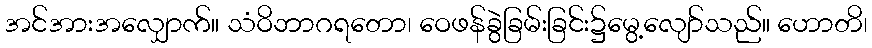
အင်အားအလျှောက်။ သံဝိဘာဂရတော၊ ဝေဖန်ခွဲခြမ်းခြင်း၌မွေ့လျော်သည်။ ဟောတိ၊